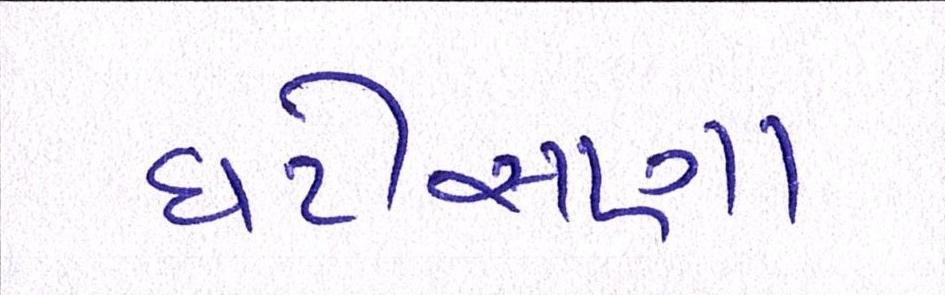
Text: ઘટીસણા